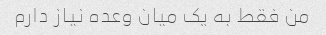
من فقط به یک میان وعده نیاز دارم